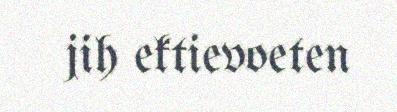
jih ektievoeten